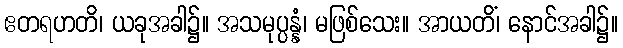
ဧတရဟတိ၊ ယခုအခါ၌။ အသမုပ္ပန္နံ၊ မဖြစ်သေး။ အာယတိံ၊ နောင်အခါ၌။